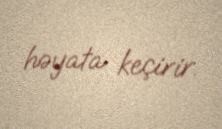
həyata keçirir.